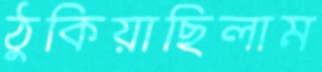
ঠুকিয়াছিলাম